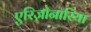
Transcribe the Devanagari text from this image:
एरिज़ोनारिया